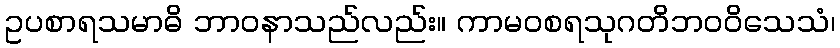
ဥပစာရသမာဓိ ဘာဝနာသည်လည်း။ ကာမဝစရသုဂတိဘဝဝိသေသံ၊